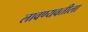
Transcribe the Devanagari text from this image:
लावण्यवतीला